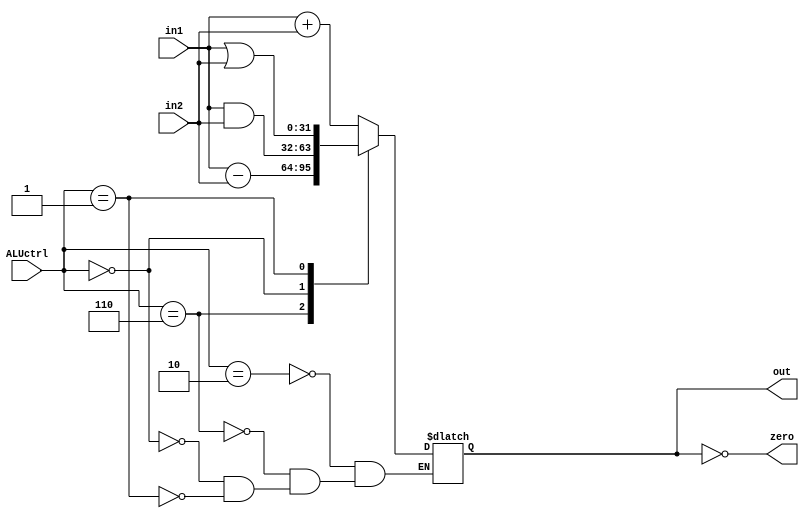
module ALU(in1, in2, ALUctrl, out, zero);

	input signed [31:0] in1;
	input signed [31:0] in2;
	input [2:0] ALUctrl;

	output reg signed [31:0] out;
	output zero;

	assign zero = (out == 0);

	always @(*) begin
		case (ALUctrl)
			3'b010: out <= in1 + in2; //addition
			3'b110: out <= in1 - in2; //subtraction
			3'b000: out <= in1 & in2; //AND
			3'b001: out <= in1 | in2; //OR
		endcase
	end

endmodule